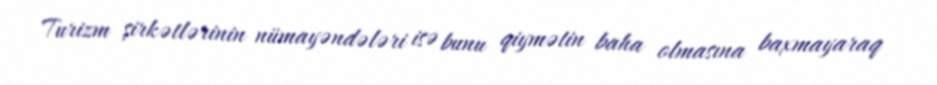
Turizm şirkətlərinin nümayəndələri isə bunu qiymətin baha olmasına baxmayaraq